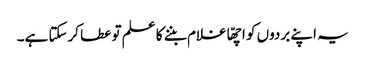
یہ اپنے بردوں کو اچھّا غلام بننے کا علم تو عطا کرسکتا ہے۔